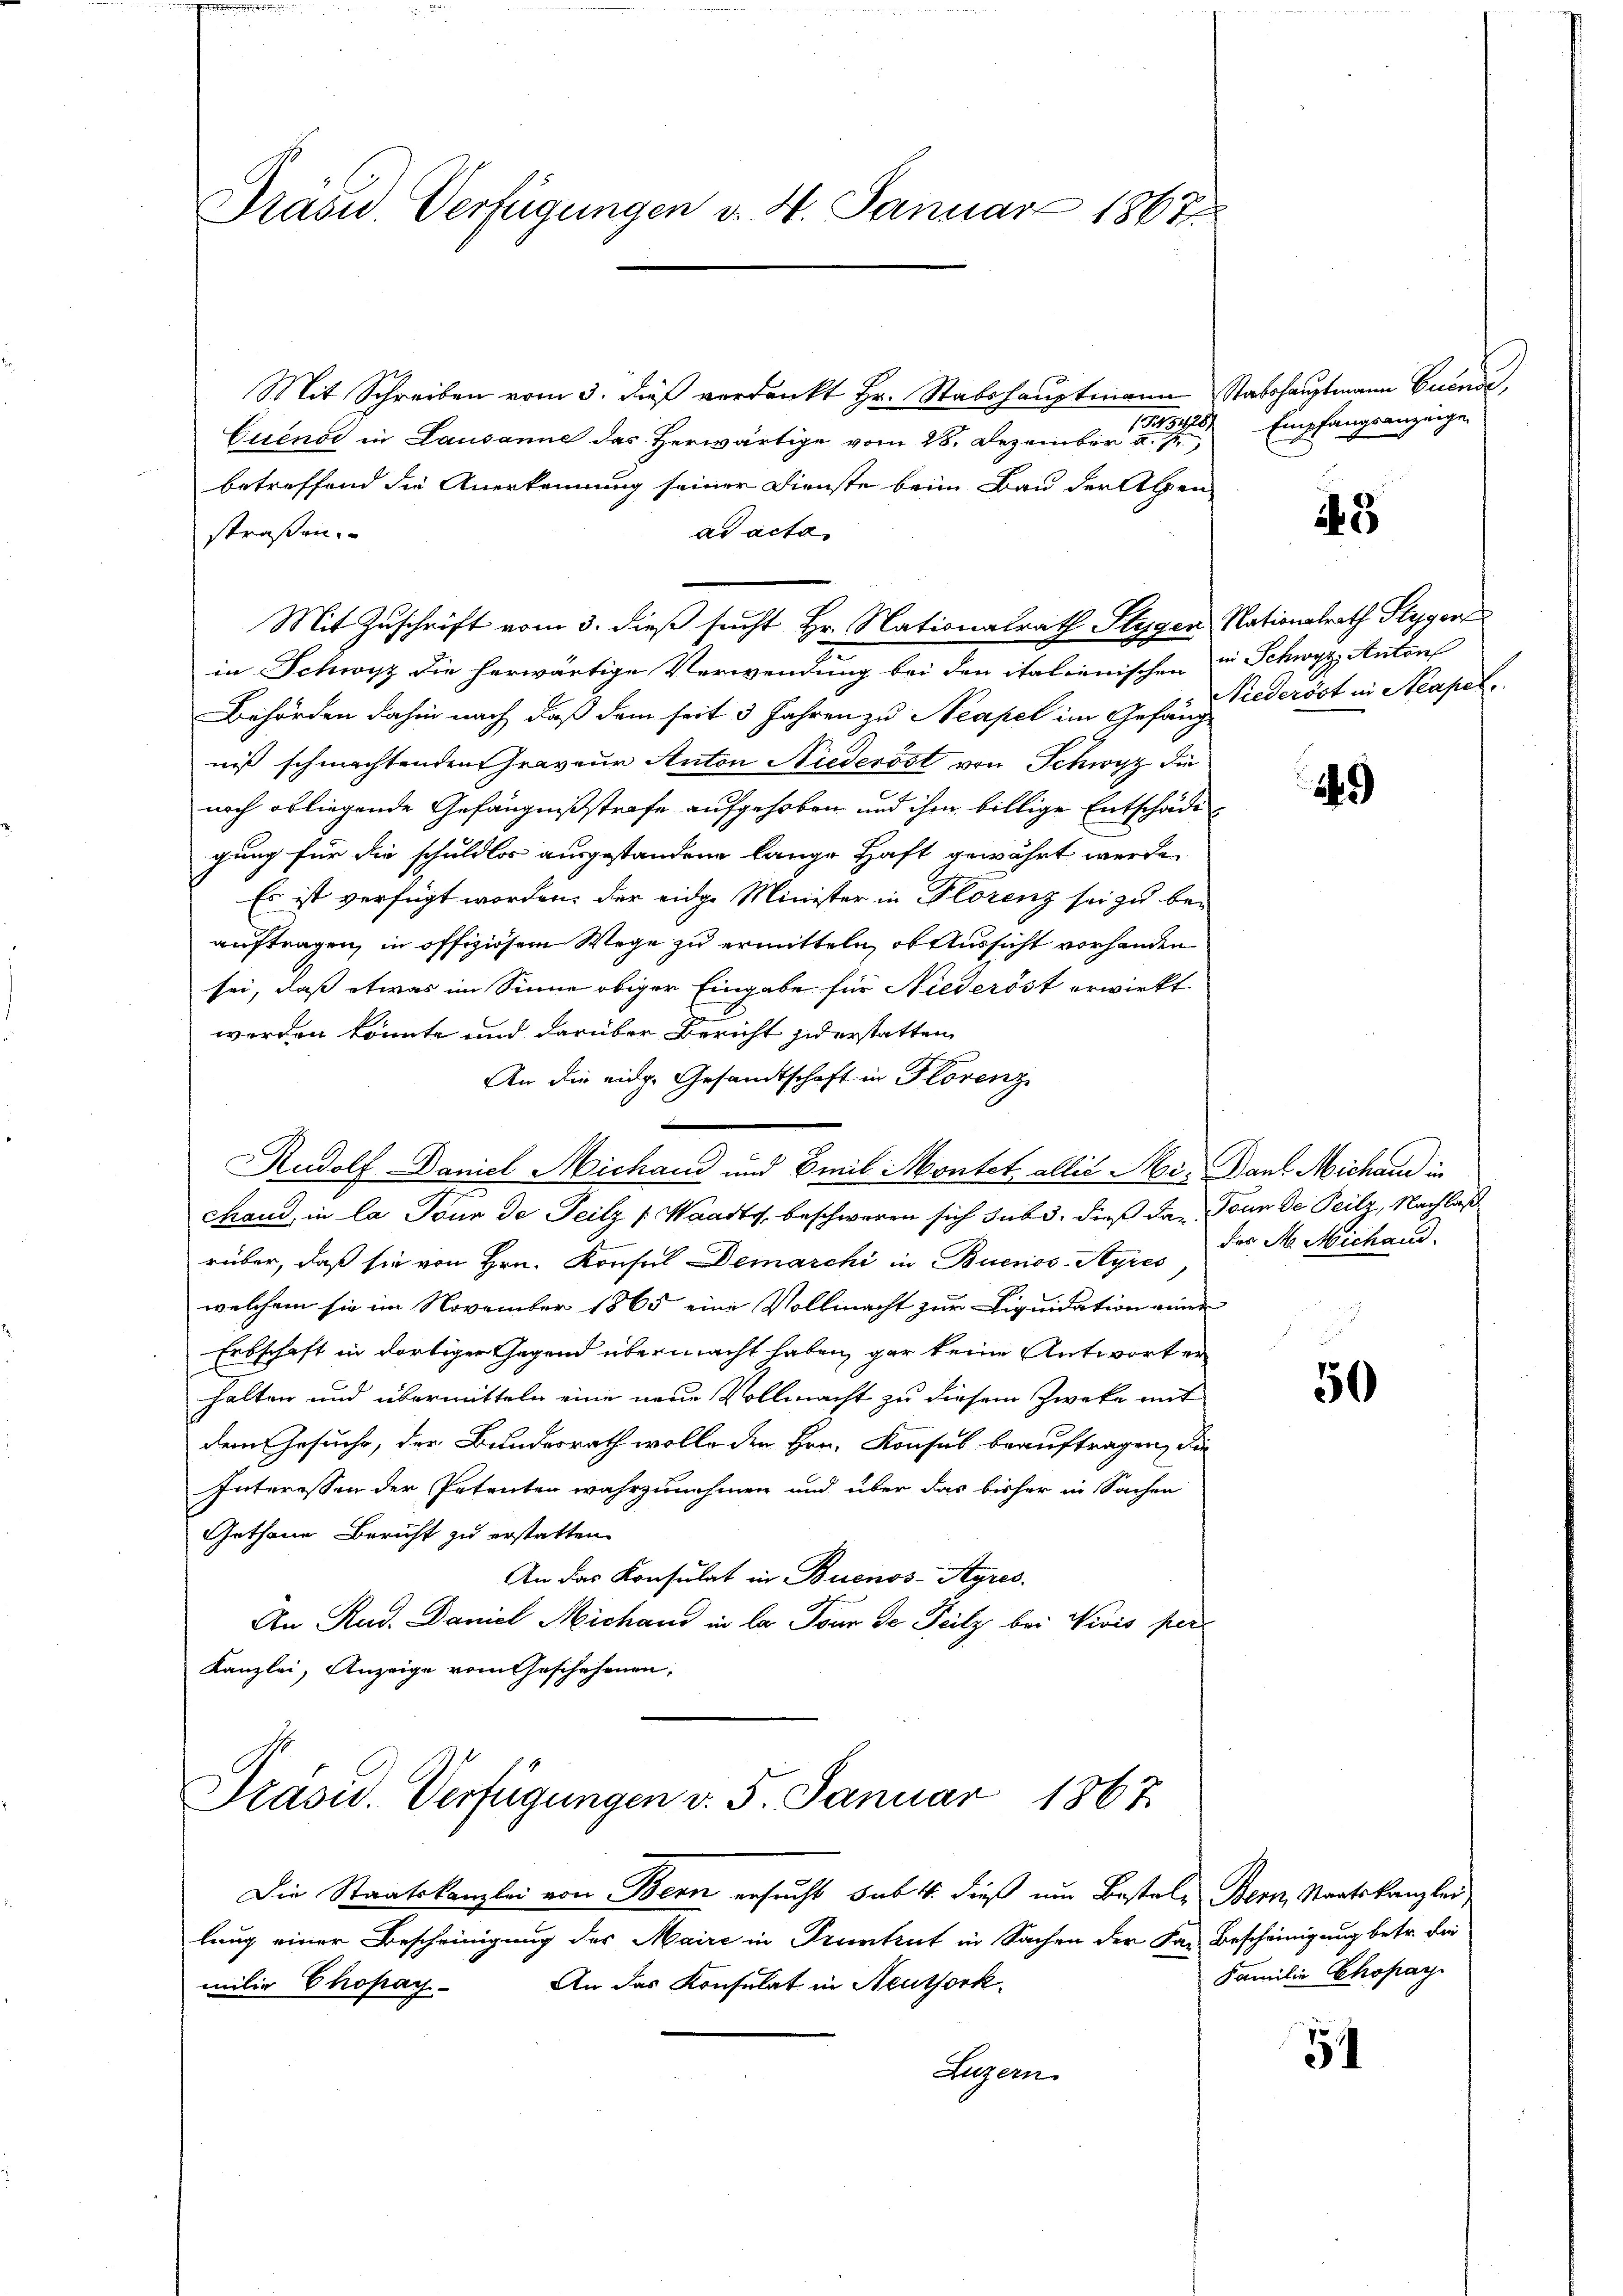
Dräsid. Verfügungen v. 4. Januar 1867

Mit Schreiben vom 3. dieß verdankt Hr. Stabshauptmann Stabshauptmann Euende,
Cuienor in Lausanne das Herwärtige vom 28. Dezember d. J.,
betreffend die Anerkennung seiner Dienste beim Bau der Alpen
ad acta
straßen.
Mit Zuschrift vom 3. dieß sucht Hr. Nationalrath Stygen Nationalrath Styger
in Schwyz die herwärtige Verwendung bei den italienischen in Schwyz, Antons
Behörden dahin nach daß dem seit 3 Jahren zu Neapel im Gefang wederöst in Neapel
niß schmachtenden Graveur Anton Niederöst von Schwyz die
noch obliegende Gefängnißstrafe aufgehoben und ihm billige Entschädigung für die schuldlos ausgestandene lange Haft gewährt werde.
Es ist verfügt worden, der eidge Minister in Florenz sei zu be-
auftragen, in offiziösem Wege zu ermitteln, ob Aussicht vorhanden
sei, daß etwas im Sinne obiger Eingabe für Niederöst erwirkt
werden könnte und darüber Bericht jederstatten
An die eidg. Gesandtschaft in Horenz
Rudolf Daniel Michand und Emil Montet allis Ai. Dank Michaue in
chand, in la Tour de Teilz (Waadt, beschweren sich subi, dieß dar. Dann de Teilz, Nachlaß
rüber, daß sie von Hrn. Konsul Demarchi in Buenos-Ayres,
welchem sie im November 1865 eine Vollmacht zur Liquidation einer
Erbschaft in dortiger Gegend übermacht haben, gar keine Antwort er
halten und übermitteln eine neue Vollmacht zu diesem Zwecke mit
dem Gesuche, der Bundesrath wolle der Hrn. Konsul beauftragen, die
Interessen der Petenten wahrzunehmen und über das bisher in Sachen
Gethane Bericht zu erstatten.
An das Konsulat in Buenos-Ayres.
An Rud. Daniel Michand in la Tour de Teilz bei Vivis per
Kanzlei, Anzeige vom Geschehenen,

Präsid. Verfügungen v. 5. Januar 1867.

Die Staatskanzlei von Bern ersucht sub 4. dieß um Bestel- Bern, Staatskanzlei,
lung einer Bescheinigung des Maire in Pruntrut in Sachen der Kan Bescheinigung betr. dei
An das Konsulat in Neuthork
milie Chopay-
Luzern.

1458/ Empfangsanzeige

A. 3

249)

das M. Michand.

50

Familie Chopay

5